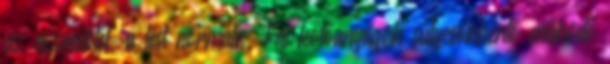
az eszméletét, a test normális. Fat kötőanyagok súlycsökkentő működő